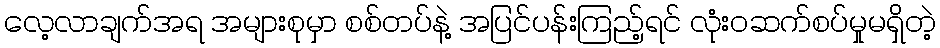
လေ့လာချက်အရ အများစုမှာ စစ်တပ်နဲ့ အပြင်ပန်းကြည့်ရင် လုံးဝဆက်စပ်မှုမရှိတဲ့